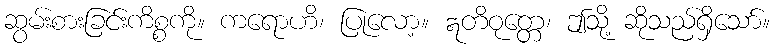
ဆွမ်းစားခြင်းကိစ္စကို။ ကရောဟိ၊ ပြုလော့။ ဣတိဝုတ္တေ၊ ဤသို့ ဆိုသည်ရှိသော်။